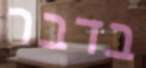
בדבר